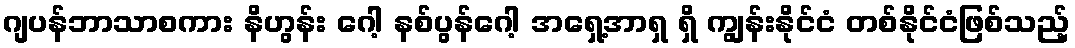
ဂျပန်ဘာသာစကား နိဟွန်း ဂေါ့ နစ်ပွန်ဂေါ့ အရှေ့အာရှ ရှိ ကျွန်းနိုင်ငံ တစ်နိုင်ငံဖြစ်သည့်